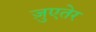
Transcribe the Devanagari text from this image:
ज़ुएतेर